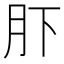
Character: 𱼂